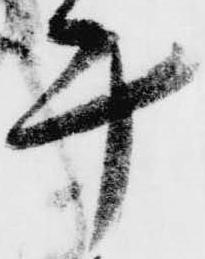
計